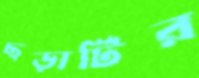
ছড়াটির